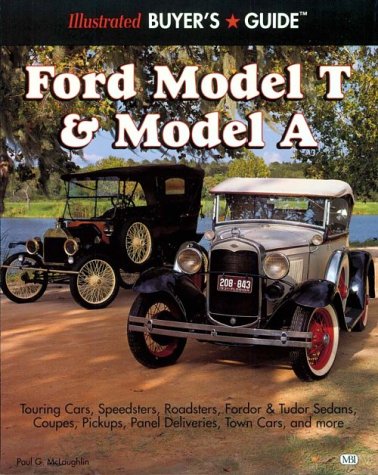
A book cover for Illustrated Ford Model T & Model A Buyer's Guide (Illustrated Buyer's Guide); Paul G. McLaughlin; Engineering & Transportation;